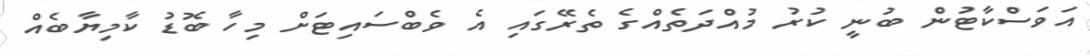
އަވަސްކާޓުން ބުނީ ކުރު މުއްދަތެއްގެ ތެރޭގައި އެ ވެބްސައިޓަށް މިހާ ބޮޑު ކާމިޔާބެއް